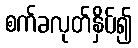
စက်ခလုတ်နှိပ်၍